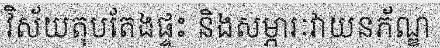
វិស័យតុបតែងផ្ទះ និងសម្ភារៈវាយនភ័ណ្ឌ